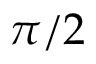
\pi / 2